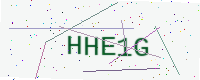
Text: HHE1G